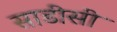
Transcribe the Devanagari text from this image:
साडीसी